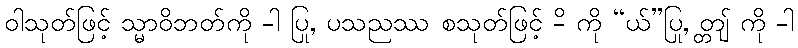
ဝါသုတ်ဖြင့် သ္မာဝိဘတ်ကို -ါ ပြု, ပသညဿ စသုတ်ဖြင့် -ိ ကို “ယ်”ပြု, တ္တျ် ကို -ါ